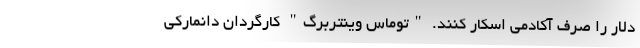
دلار را صرف آکادمی اسکار کنند. "توماس وینتربرگ" کارگردان دانمارکی